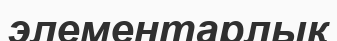
элементарлық